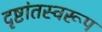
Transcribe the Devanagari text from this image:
दृष्टांतस्वरूप